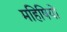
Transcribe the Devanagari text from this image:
महिषियों